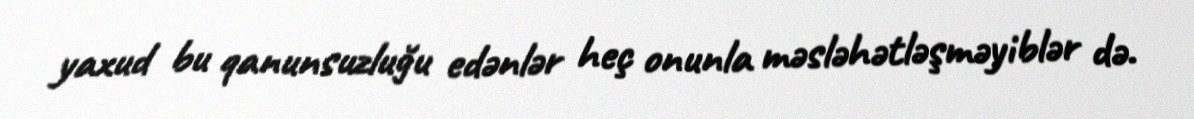
yaxud bu qanunsuzluğu edənlər heç onunla məsləhətləşməyiblər də.